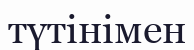
түтінімен